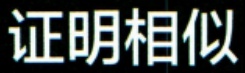
证明相似